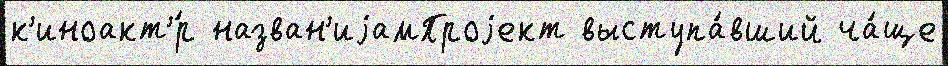
к'иноакт'́р назван'иjамПроjект выступа́вший ча́ще